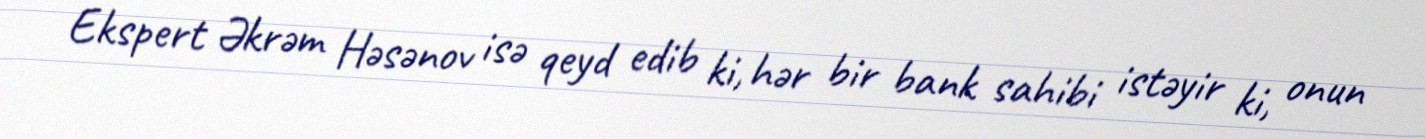
Ekspert Əkrəm Həsənov isə qeyd edib ki, hər bir bank sahibi istəyir ki, onun